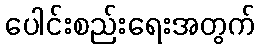
ပေါင်းစည်းရေးအတွက်